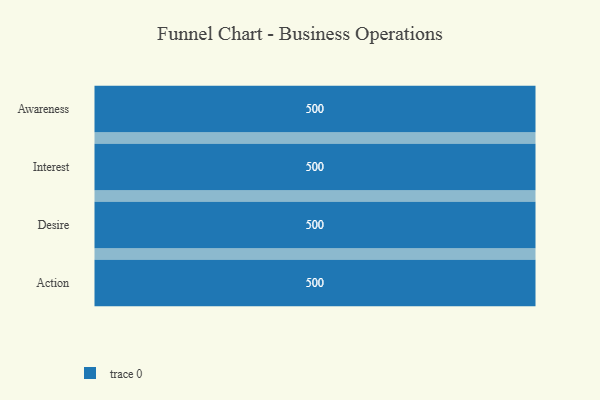
{"axis": {"x": "Stage", "y": "Value"}, "legend": [""], "data": [{"x": "Awareness", "y": 500, "type": ""}, {"x": "Interest", "y": 500, "type": ""}, {"x": "Desire", "y": 500, "type": ""}, {"x": "Action", "y": 500, "type": ""}]}